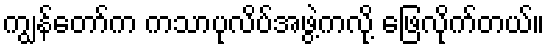
ကျွန်တော်က ကသာပုလိပ်အဖွဲ့ကလို့ ဖြေလိုက်တယ်။